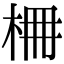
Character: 𣑭